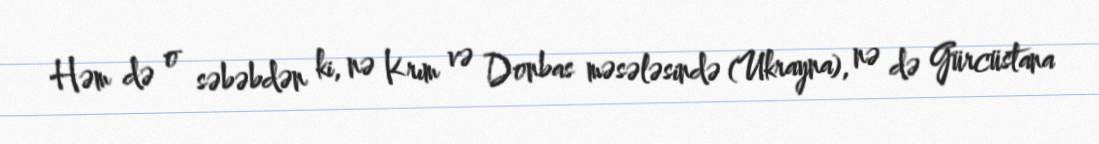
Həm də o səbəbdən ki, nə Krım və Donbas məsələsində (Ukrayna), nə də Gürcüstana